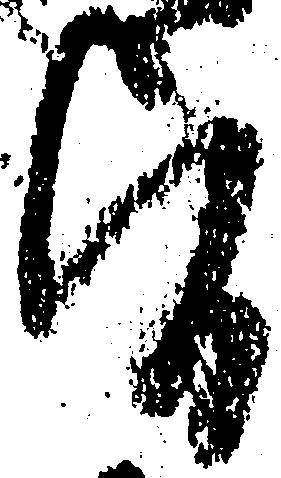
旨